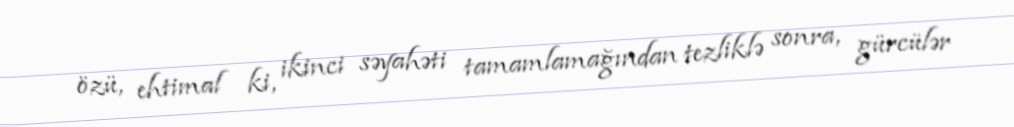
özü, ehtimal ki, ikinci səyahəti tamamlamağından tezliklə sonra, gürcülər